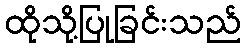
ထိုသို့ပြုခြင်းသည်